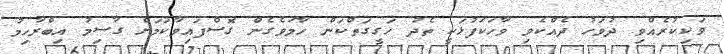
ވަކިކުރެއްވި ދުވަހު ދެއްކެވި ވާހަކަފުޅަކީ ތެދު ހަގީގަތްކަން ހާމަވެގެން ގޮސްފައިވާކަމަށް ގާސިމު އިބްރާހިމު